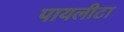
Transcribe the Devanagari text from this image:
पायलीटा